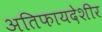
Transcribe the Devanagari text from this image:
अतिफायदेशीर